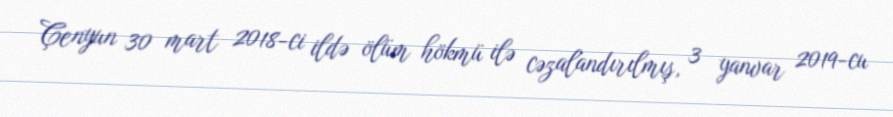
Çenyun 30 mart 2018-ci ildə ölüm hökmü ilə cəzalandırılmış, 3 yanvar 2019-cu